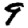
Digit: 9